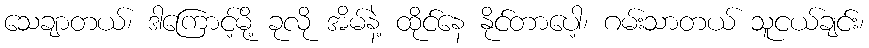
သေချာတယ်၊ ဒါကြောင့်မို့ ခုလို အိမ်နဲ့ ထိုင်နေ နိုင်တာပေါ့၊ ဂမ်းသာတယ် သူငယ်ချင်း၊